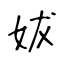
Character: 妭